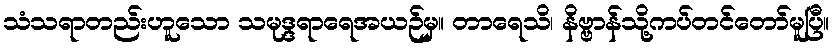
သံသရာတည်းဟူသော သမုဒ္ဒရာရေအယဉ်မှ။ တာရေသိ၊ နိဗ္ဗာန်သို့ကပ်တင်တော်မူပြီ။